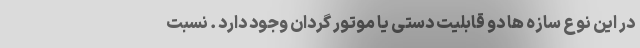
در این نوع سازه ها دو قابلیت دستی یا موتور گردان وجود دارد . نسبت